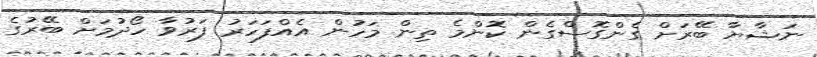
ނަޝާޔާ ބޭރަށް ގެންގޮސްގެން ކޮންމެ ތިން މަހުން އެއްފަހަރު ފަރުވާ ހޯދުމަށް ބޭރުގެ